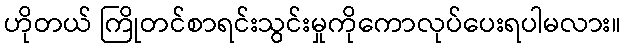
ဟိုတယ် ကြိုတင်စာရင်းသွင်းမှုကိုကောလုပ်ပေးရပါမလား။